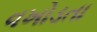
વખોડતા